Annual report of the Imperial Bacteriological Laboratory, Muktesar
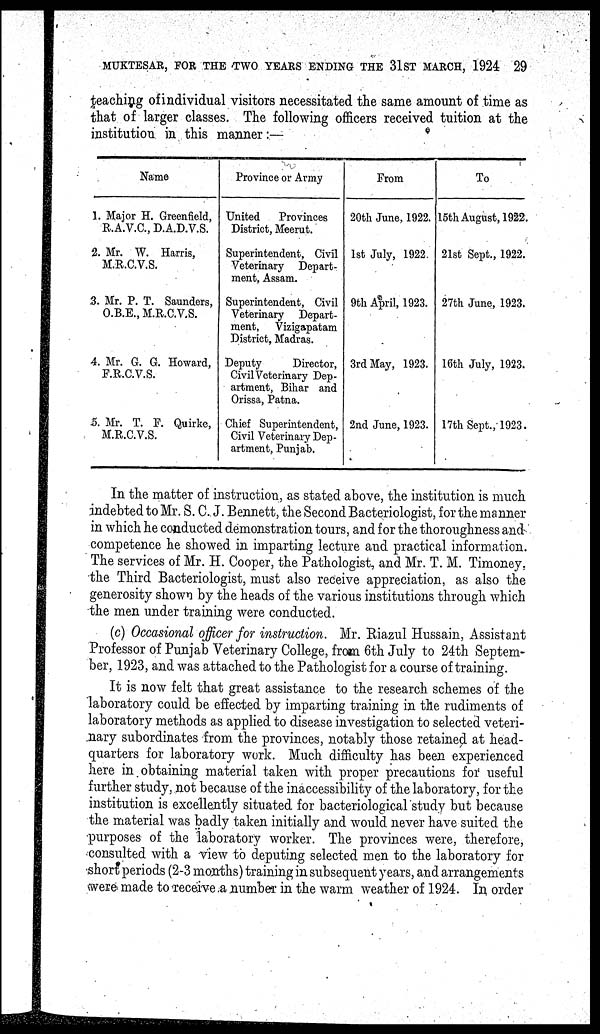
MUKTESAR, FOR THE TWO YEARS ENDING THE 31 ST MARCH, 1924 29
teaching of individual visitors necessitated the same amount of time as
that of larger classes. The following officers received tuition at the
institution in this manner:—
Name
1. Major H. Greenfield,
R.A.V.C., D.A.D.V.S.
2. Mr. W. Harris,
M.R.C.V.S.
3. Mr. P. T. Saunders,
O.B.E., M.R.C.V.S.
4. Mr. G. G. Howard,
F.R.C.V.S.
5. Mr. T. F. Quirke,
M.R.C.V.S.
Province or Army
United
Provinces
District, Meerut.
Superintendent, Civil
Veterinary Depart-
ment, Assam.
Superintendent, Civil
Veterinary Depart-
ment, Vizigapatam
District, Madras.
Deputy
Director,
Civil Veterinary Dep-
artment, Bihar and
Orissa, Patna.
Chief Superintendent,
Civil Veterinary Dep-
artment, Punjab.
From
20th June, 1922.
1st July, 1922.
9th April, 1923.
3rd May, 1923.
2nd June, 1923.
To
15th August, 1922.
21st Sept., 1922.
27th June, 1923.
16th July, 1923.
17th Sept., 1923.
In the matter of instruction, as stated above, the institution is much
indebted to Mr. S. C. J. Bennett, the Second Bacteriologist, for the manner
in which he conducted demonstration tours, and for the thoroughness and
competence he showed in imparting lecture and practical information.
The services of Mr. H. Cooper, the Pathologist, and Mr. T. M. Timoney,
the Third Bacteriologist, must also receive appreciation, as also the
generosity shown by the heads of the various institutions through which
the men under training were conducted.
(c) Occasional officer for instruction. Mr. Riazul Hussain, Assistant
Professor of Punjab Veterinary College, from 6th July to 24th Septem-
ber, 1923, and was attached to the Pathologist for a course of training.
It is now felt that great assistance to the research schemes of the
laboratory could be effected by imparting training in the rudiments of
laboratory methods as applied to disease investigation to selected veteri-
nary subordinates from the provinces, notably those retained at head-
quarters for laboratory work. Much difficulty has been experienced
here in obtaining material taken with proper precautions for useful
further study, not because of the inaccessibility of the laboratory, for the
institution is excellently situated for bacteriological study but because
the material was badly taken initially and would never have suited the
purposes of the laboratory worker. The provinces were, therefore,
consulted with a view to deputing selected men to the laboratory for
short periods (2-3 months) training in subsequent years, and arrangements
were made to receive a number in the warm weather of 1924. In order